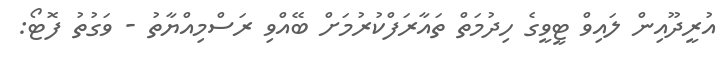
އުރީދޫއިން ލައިވް ޓީވީގެ ހިދުމަތް ތައާރަފްކުރުމަށް ބޭއްވި ރަސްމިއްޔާތު - ވަގުތު ފޮޓޯ: